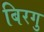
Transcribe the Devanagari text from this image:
बिरगु